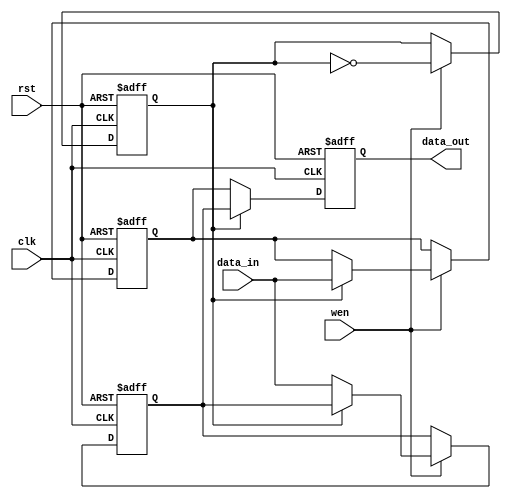
module double_buffer_register #(
    parameter DATA_WIDTH = 8  // Define the data width (e.g., 8 bits)
)(
    input wire clk,            // Clock signal
    input wire rst,            // Asynchronous reset
    input wire wen,            // Write enable signal
    input wire [DATA_WIDTH-1:0] data_in, // Data input
    output reg [DATA_WIDTH-1:0] data_out  // Data output
);

    // Register declarations
    reg [DATA_WIDTH-1:0] Reg_A; // First register
    reg [DATA_WIDTH-1:0] Reg_B; // Second register
    reg toggle;                 // Toggle signal to alternate between registers

    // Asynchronous reset and write operation
    always @(posedge clk or posedge rst) begin
        if (rst) begin
            // Reset both registers and toggle signal
            Reg_A <= {DATA_WIDTH{1'b0}};
            Reg_B <= {DATA_WIDTH{1'b0}};
            toggle <= 1'b0; // Initialize toggle to 0
            data_out <= {DATA_WIDTH{1'b0}}; // Clear output
        end else begin
            if (wen) begin
                // Write data to the active register based on the toggle
                if (toggle) begin
                    Reg_A <= data_in; // Write to Reg_A when toggle is high
                end else begin
                    Reg_B <= data_in; // Write to Reg_B when toggle is low
                end
                // Toggle the active register for the next write
                toggle <= ~toggle;
            end
            // Output data from the non-active register
            if (toggle) begin
                data_out <= Reg_B; // Output from Reg_B when toggle is high
            end else begin
                data_out <= Reg_A; // Output from Reg_A when toggle is low
            end
        end
    end

endmodule